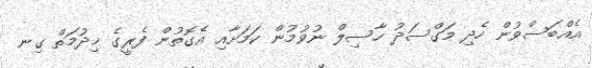
އެއްބަސްވުން ހެދި މަގްސަދު ހާސިލް ނުވުމުން ކަމަށާއި އެގޮތުން ފެރީގެ ޚިދުމަތް ގިނ